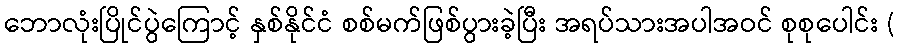
ဘောလုံးပြိုင်ပွဲကြောင့် နှစ်နိုင်ငံ စစ်မက်ဖြစ်ပွားခဲ့ပြီး အရပ်သားအပါအဝင် စုစုပေါင်း (